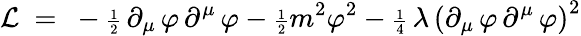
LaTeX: {\cal L}~=~-{\scriptstyle\frac{1}{2}}\, \partial_{\mu}\, \varphi\, \partial^{\mu}\, \varphi-{\scriptstyle\frac{1}{2}}m^{2}\varphi^{2}-{\scriptstyle\frac{1}{4}}\, \lambda\, \left(\partial_{\mu}\, \varphi\, \partial^{\mu}\, \varphi\right)^{2}